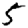
Digit: 5